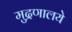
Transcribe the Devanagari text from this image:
मुद्रणालये